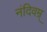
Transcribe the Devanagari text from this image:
नंदिवम्र्